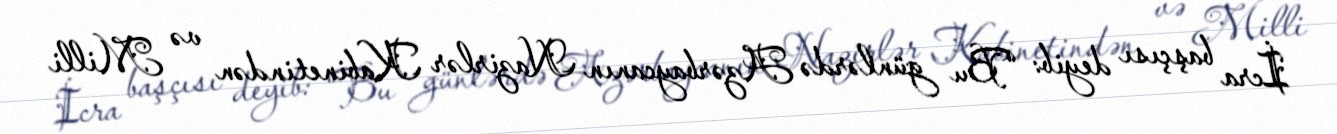
İcra başçısı deyib: “Bu günlərdə Azərbaycanın Nazirlər Kabinetindən və Milli